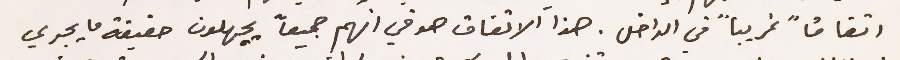
اتفاقاً غريباً في الداخل. هذا الاتفاق هو في انهم جميعاً يجهلون حقيقة ما يجري